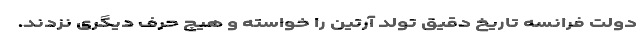
دولت فرانسه تاریخ دقیق تولد آرتین را خواسته و هیچ حرف دیگری نزدند.